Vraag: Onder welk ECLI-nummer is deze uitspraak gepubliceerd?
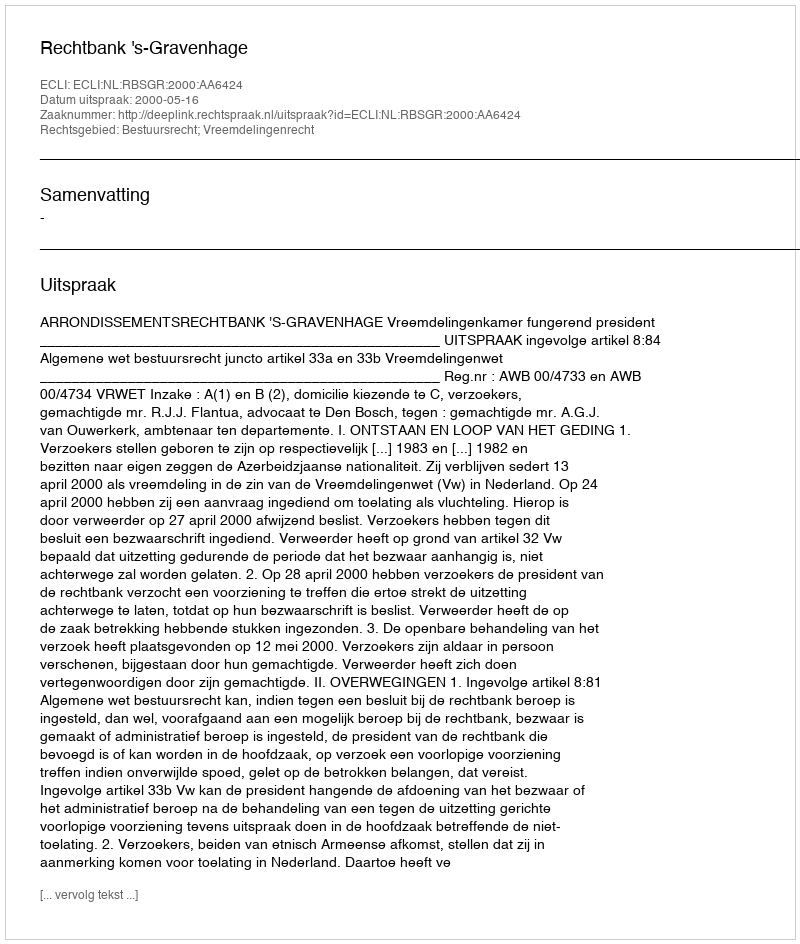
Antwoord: ECLI:NL:RBSGR:2000:AA6424